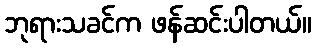
ဘုရားသခင်က ဖန်ဆင်းပါတယ်။